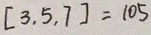
[ 3 , 5 , 7 ] = 1 0 5